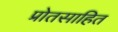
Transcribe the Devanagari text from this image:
प्रोतसाहित